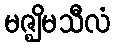
မဇ္ဈိမသီလံ